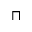
\sqcap